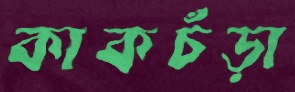
কাকচঁড়া